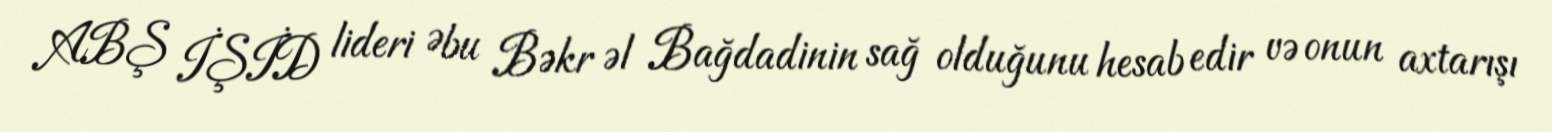
ABŞ İŞİD lideri Əbu Bəkr əl Bağdadinin sağ olduğunu hesab edir və onun axtarışı